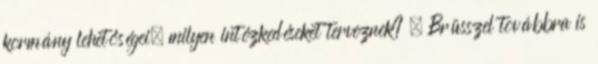
kormány lehetőségei, milyen intézkedéseket terveznek? – Brüsszel továbbra is